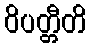
ဝိပတ္တီတိ